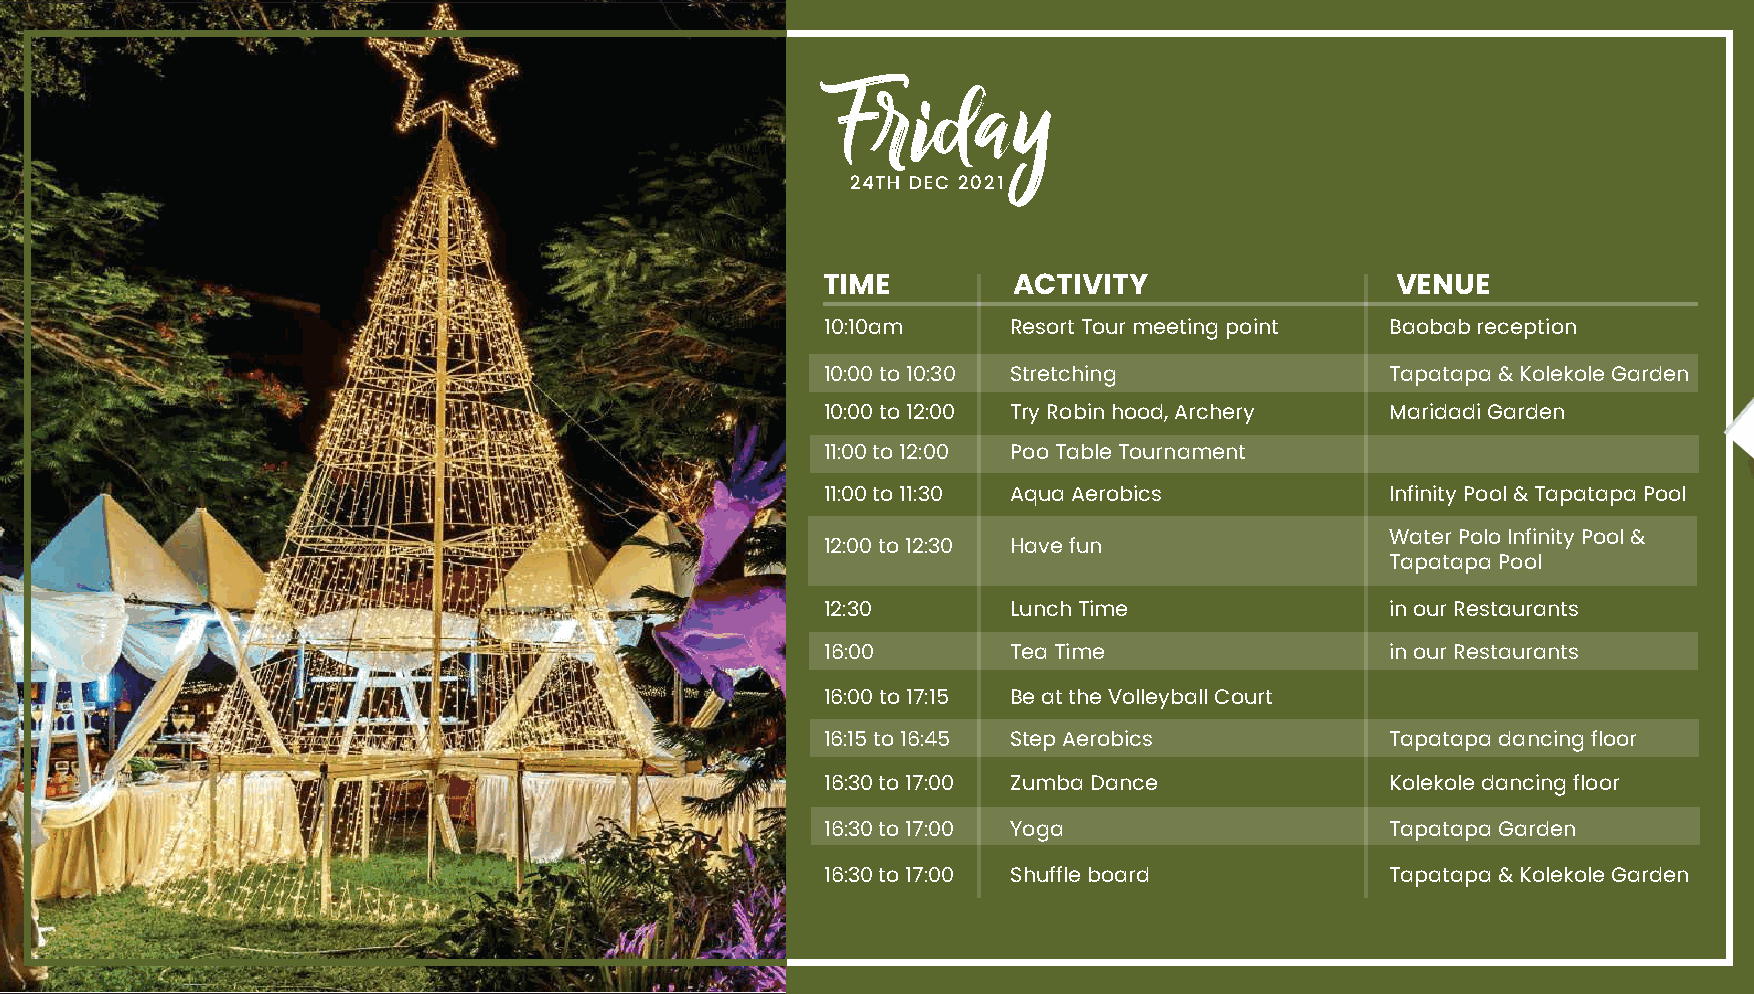
Friday
 24TH DEC 2021
 TIME         ACTIVITY                 VENUE
 10:10am     Resort Tour meeting point Baobab reception
 10:00 to 10:30 Stretching            Tapatapa & Kolekole Garden
 10:00 to 12:00 Try Robin hood, Archery Maridadi Garden
 11:00 to 12:00 Poo Table Tournament
 11:00 to 11:30 Aqua Aerobics         Infinity Pool & Tapatapa Pool
 Water Polo Infinity Pool &
 12:00 to 12:30 Have fun
 Tapatapa Pool
 12:30       Lunch Time               in our Restaurants
 16:00       Tea Time                 in our Restaurants
 16:00 to 17:15 Be at the Volleyball Court
 16:15 to 16:45 Step Aerobics         Tapatapa dancing floor
 16:30 to 17:00 Zumba Dance           Kolekole dancing floor
 16:30 to 17:00 Yoga                  Tapatapa Garden
 16:30 to 17:00 Shuffle board         Tapatapa & Kolekole Garden